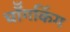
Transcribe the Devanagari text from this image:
चॉँगकिंग